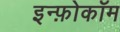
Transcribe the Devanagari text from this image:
इन्फ़ोकॉम